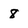
Character: 8